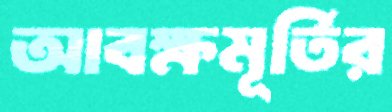
আবক্ষমূর্তির